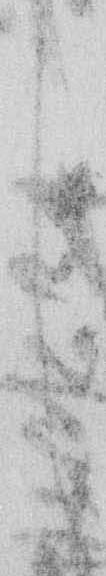
し